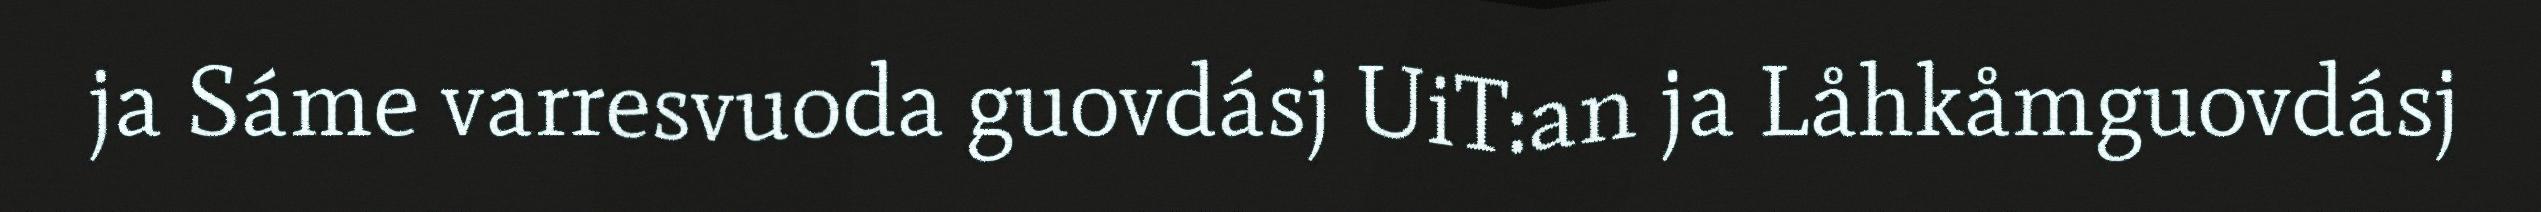
ja Sáme varresvuoda guovdásj UiT:an ja Låhkåmguovdásj